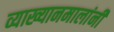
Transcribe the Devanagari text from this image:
व्याख्यानमालांनी